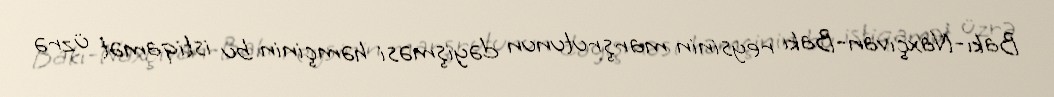
Bakı-Naxçıvan-Bakı reysinin marşrutunun dəyişməsi həmçinin bu istiqamət üzrə